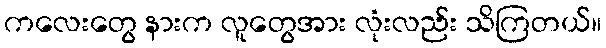
ကလေးတွေ နားက လူတွေအား လုံးလည်း သိကြတယ်။